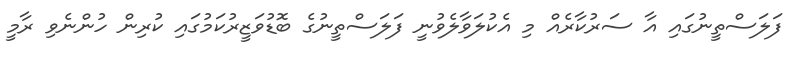
ފަލަސްތީނުގައި އާ ސަރުކާރެއް މި އެކުލަވާލެވުނީ ފަލަސްތީނުގެ ބޮޑުވަޒީރުކަމުގައި ކުރިން ހުންނެވި ރާމީ